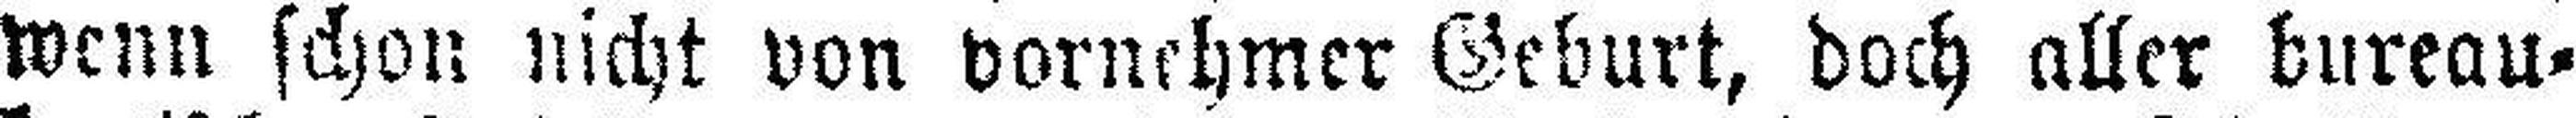
wenn schon nicht von vornehmer Geburt, doch aller bureau¬